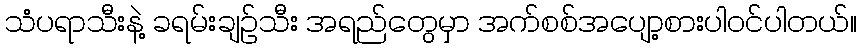
သံပရာသီးနဲ့ ခရမ်းချဉ်သီး အရည်တွေမှာ အက်စစ်အပျော့စားပါဝင်ပါတယ်။